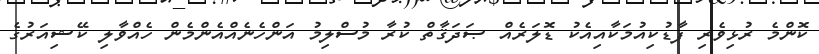
ކޮންމެ ރުޅިވެރި ފާޑުކިއުމަކާއިއެކު ޑޮލަރެއް ޞަދަޤާތް ކުރާ މުސްލިމު އަންހެނެއްއެންމެން ހެއްވާލި ކޭޝިއަރުގެ